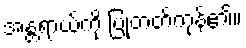
အန္တရာယ်ကို ပြုတတ်ကုန်၏။